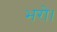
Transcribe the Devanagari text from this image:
भरो।